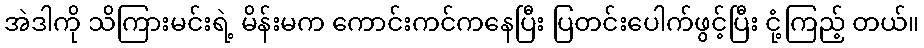
အဲဒါကို သိကြားမင်းရဲ့ မိန်းမက ကောင်းကင်ကနေပြီး ပြတင်းပေါက်ဖွင့်ပြီး ငုံ့ကြည့် တယ်။